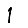
Digit: 1